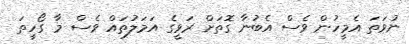
ނުވަތަ އެމީހުން ވެސް އެބުނާ ގޮތަށް ރަވީގެ އަމަލުތައް ވެސް މާ ގޯހީތަ